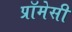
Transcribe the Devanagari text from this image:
प्रॉमेसी